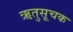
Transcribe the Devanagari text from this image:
ऋतुसूचक